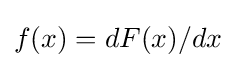
{\textstyle f(x)=dF(x)/dx}